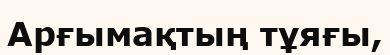
Арғымақтың тұяғы,